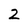
Character: 2